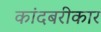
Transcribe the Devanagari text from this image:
कांदबरीकार